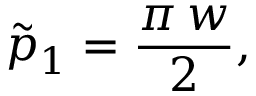
\tilde { p } _ { 1 } = { \frac { \pi \, w } { 2 } } ,